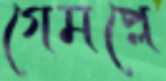
গেমপ্লে